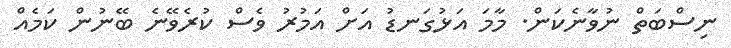
ނިސްބަތް ނުވާނެކަން. މާމަ އަޅުގަނޑު އަށް އަމުރު ވެސް ކުރެވޭނެ ބޭނުން ކަމެއް